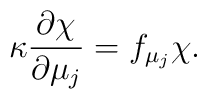
\kappa \frac{\partial \chi}{\partial \mu_j} = f_{\mu_j} \chi .